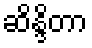
ဆိန္ဒိတာ